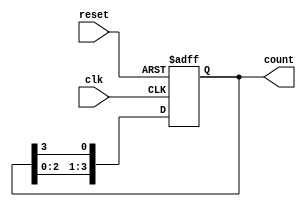
module ring_counter (
    input wire clk,         // Clock signal
    input wire reset,       // Asynchronous reset
    output reg [3:0] count  // 4-bit output for the ring counter
);

// Initial state for the ring counter
initial begin
    count = 4'b1000; // Initialize to 1000
end

// Always block to handle the clock and reset
always @(posedge clk or posedge reset) begin
    if (reset) begin
        count <= 4'b1000; // Reset to initial state
    end else begin
        // Shift the '1' to the right
        count <= {count[2:0], count[3]}; // Move the '1' around the ring
    end
end

endmodule